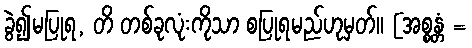
ခွဲ၍မပြုရ, တိ တစ်ခုလုံးကိုသာ စပြုရမည်ဟုမှတ်။ [အစ္စန္တံ =